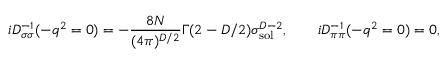
i D _ { \sigma \sigma } ^ { - 1 } ( - q ^ { 2 } = 0 ) = - \frac { 8 N } { ( 4 \pi ) ^ { D / 2 } } \Gamma ( 2 - D / 2 ) \sigma _ { \mathrm { s o l } } ^ { D - 2 } , \qquad i D _ { \pi \pi } ^ { - 1 } ( - q ^ { 2 } = 0 ) = 0 ,